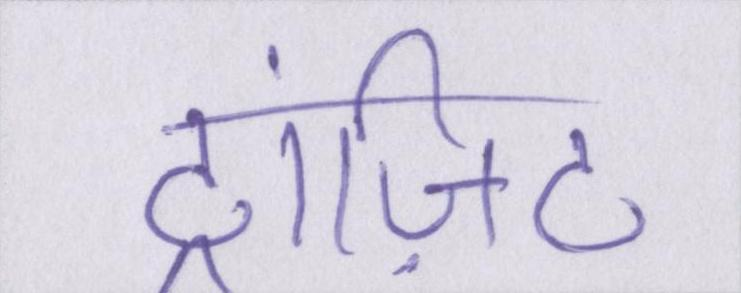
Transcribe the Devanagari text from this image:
ट्रांज़िट